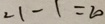
2 1 - 1 = 2 0